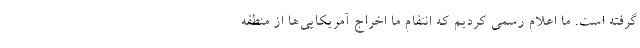
گرفته است. ما اعلام رسمی کردیم که انتقام ما اخراج آمریکایی‌ها از منطقه